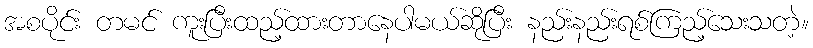
အစပိုင်း တမင် ကူးပြီးထည့်ထားတာနေပါမယ်ဆိုပြီး နည်းနည်းရစ်ကြည့်သေးသတဲ့။